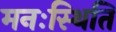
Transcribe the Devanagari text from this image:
मनःस्‍थिति